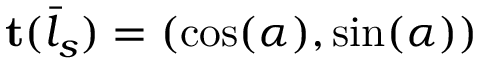
\mathbf t ( \bar { l } _ { s } ) = ( \cos ( \alpha ) , \sin ( \alpha ) )